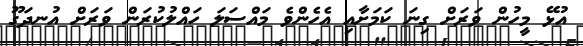
އުޅޭ މީހުން ވަރަށް ގިނަ ކަމަށާއި އެހެންވެ މައްސަލަ ހައްލުކުރަން ވަރަށް އުނދަގޫ